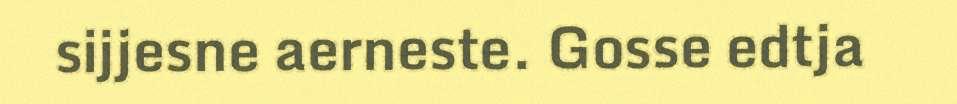
sijjesne aerneste. Gosse edtja